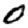
Digit: 0